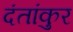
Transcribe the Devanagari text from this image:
दंतांकुर